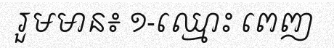
រួមមាន៖ ១-ឈ្មោះ ពេញ